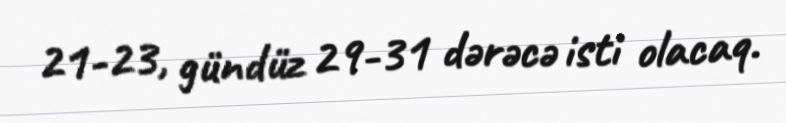
21-23, gündüz 29-31 dərəcə isti olacaq.